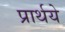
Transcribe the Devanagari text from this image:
प्रार्थये